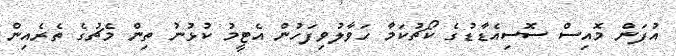
އުފަން މޮއިސް ސޮސިއެޑާޑުގެ ކޯޗުކަމާ ހަވާލުވިފަހުން އެޓީމު ކުޅުނު ތިން މެޗުގެ ތެރެއިން